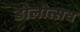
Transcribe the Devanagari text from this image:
डोलोत्सव